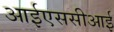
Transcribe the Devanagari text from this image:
आईएससीआई